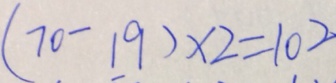
( 7 0 - 1 9 ) \times 2 = 1 0 2